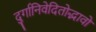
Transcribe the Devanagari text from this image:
दुर्गानिवेदितोद्भावो